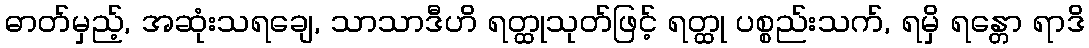
ဓာတ်မှည့်, အဆုံးသရချေ, သာသာဒီဟိ ရတ္ထုသုတ်ဖြင့် ရတ္ထု ပစ္စည်းသက်, ရမှိ ရန္တော ရာဒိ